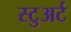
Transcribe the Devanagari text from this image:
स्‍टुअर्ट